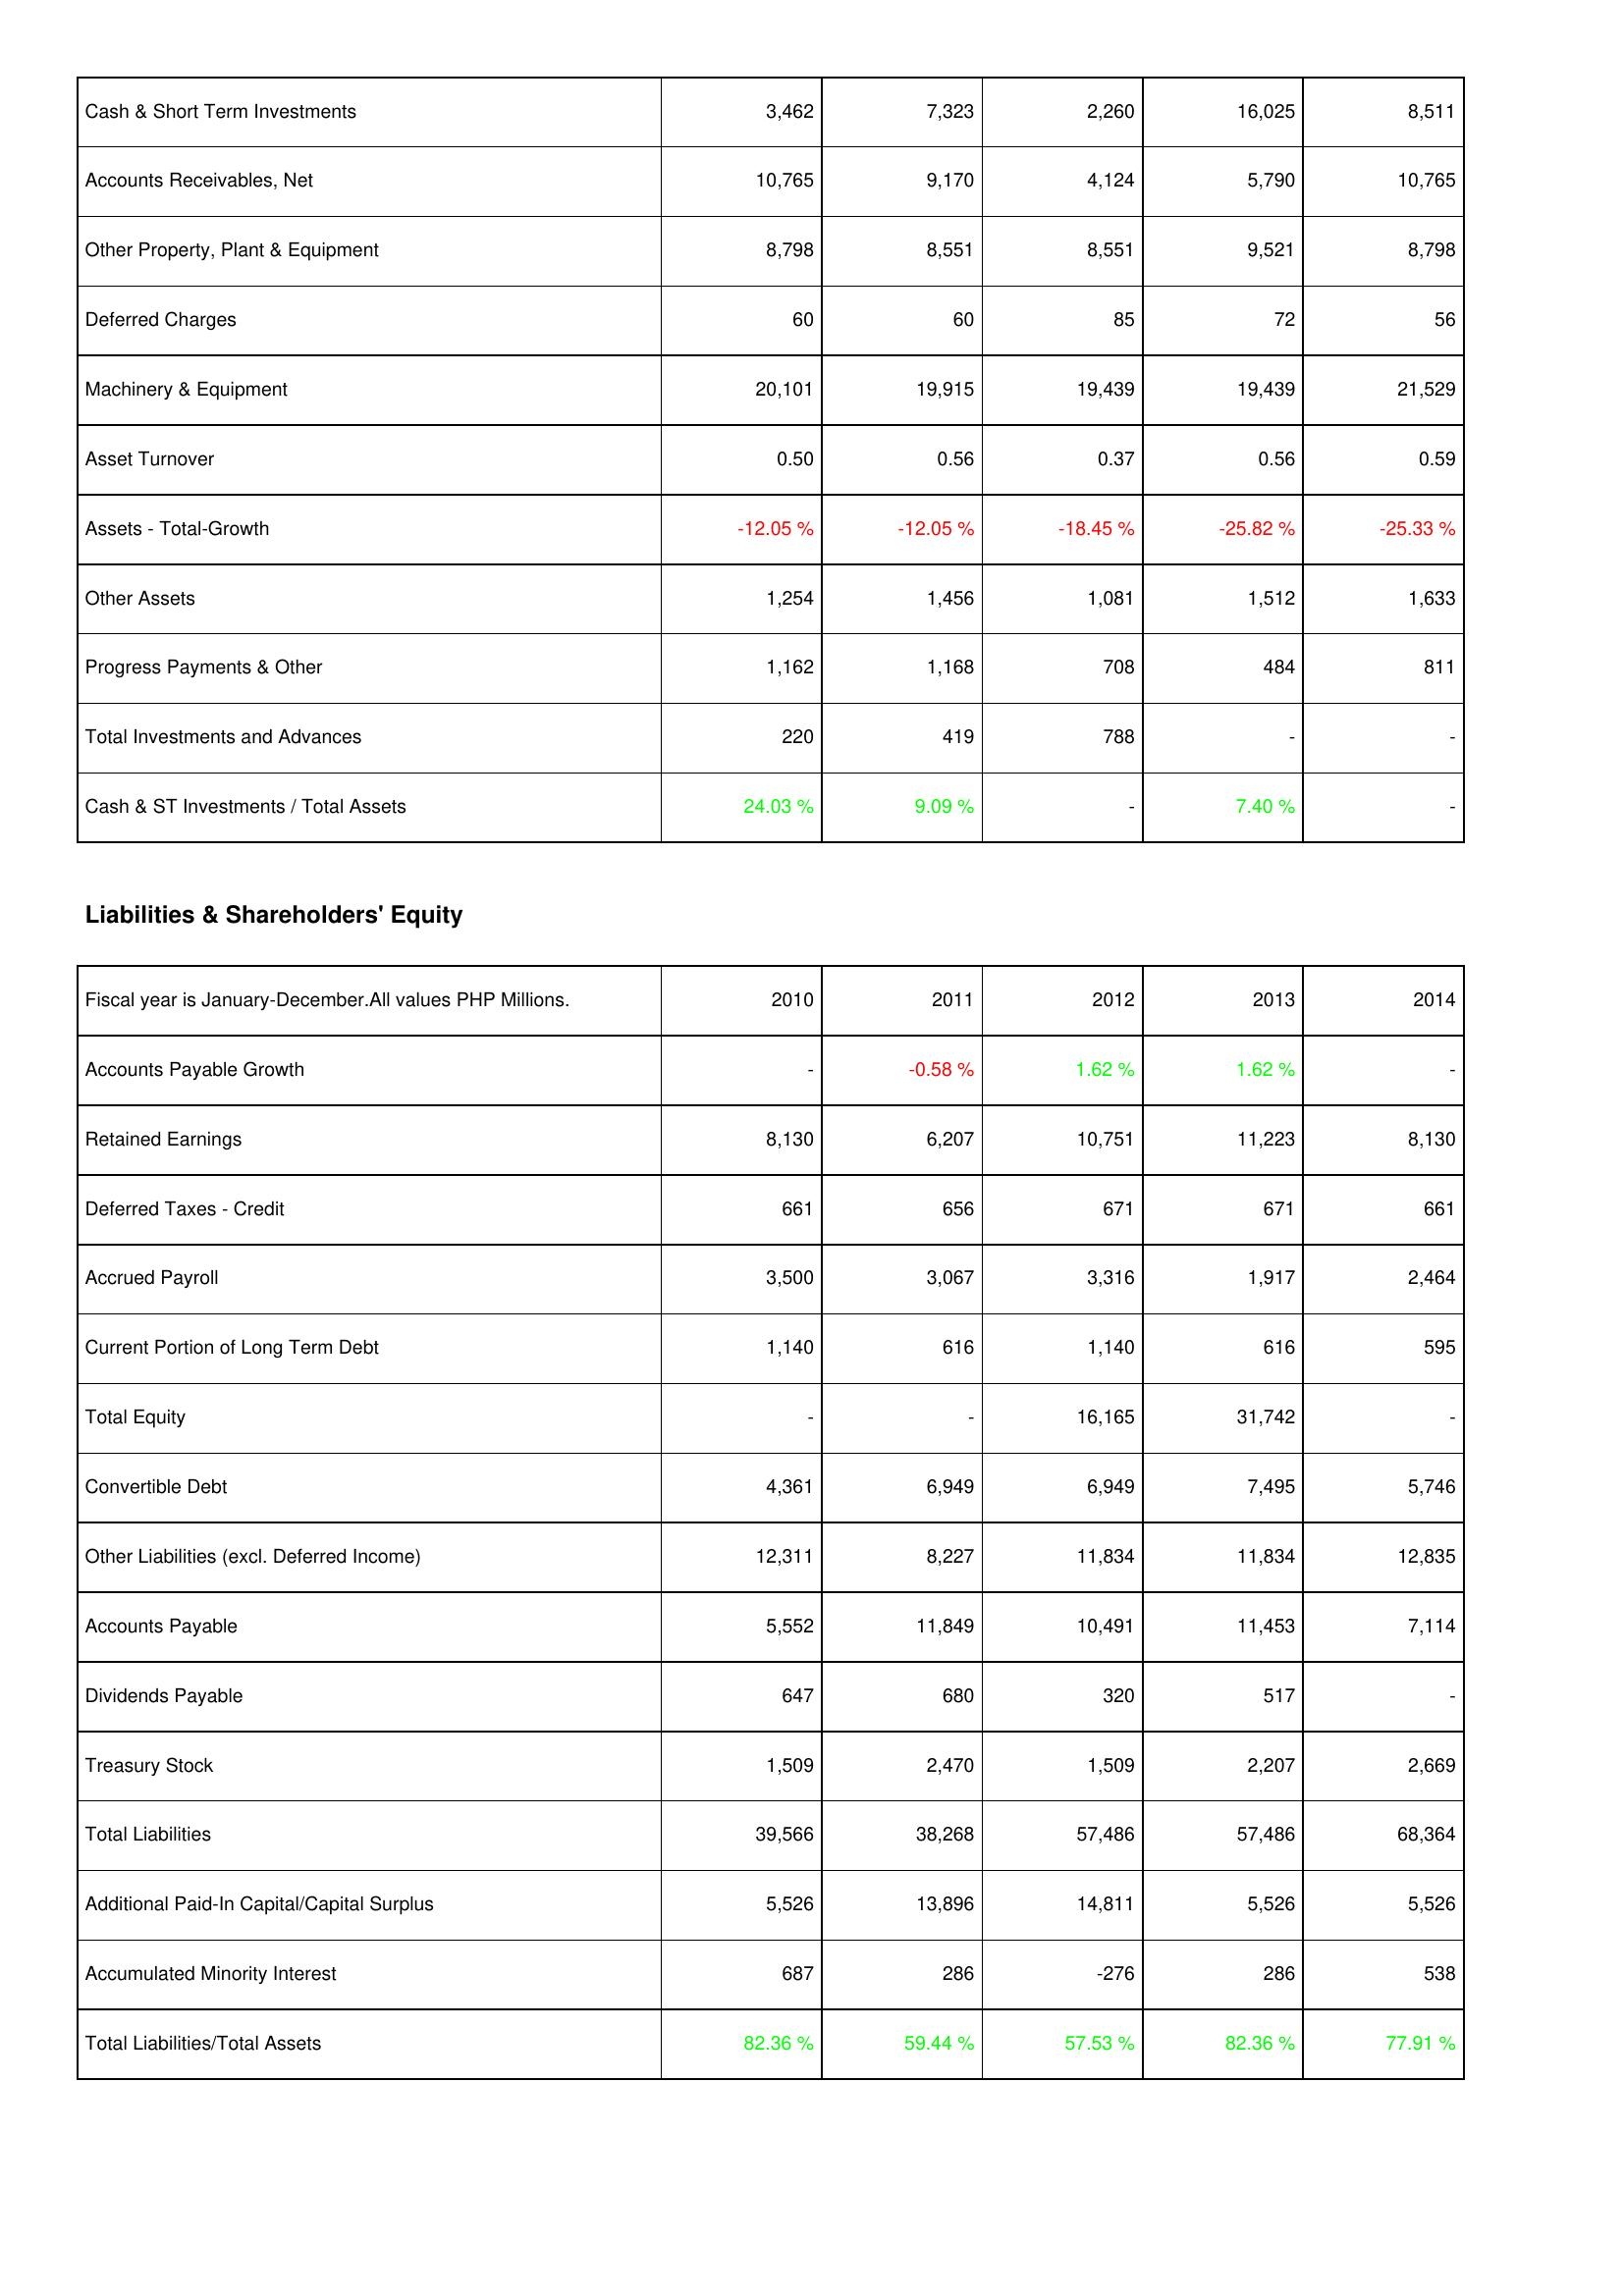
2010: Assets: Cash & Short Term Investments: 3,462
Accounts Receivables, Net: 10,765
Other Property, Plant & Equipment: 8,798
Deferred Charges: 60
Machinery & Equipment: 20,101
Asset Turnover: 0.50
Assets - Total-Growth: -12.05 %
Other Assets: 1,254
Progress Payments & Other: 1,162
Total Investments and Advances: 220
Cash & ST Investments / Total Assets: 24.03 %
Liabilities & Shareholders' Equity: Accounts Payable Growth: -
Retained Earnings: 8,130
Deferred Taxes - Credit: 661
Accrued Payroll: 3,500
Current Portion of Long Term Debt: 1,140
Total Equity: -
Convertible Debt: 4,361
Other Liabilities (excl. Deferred Income): 12,311
Accounts Payable: 5,552
Dividends Payable: 647
Treasury Stock: 1,509
Total Liabilities: 39,566
Additional Paid-In Capital/Capital Surplus: 5,526
Accumulated Minority Interest: 687
Total Liabilities/Total Assets: 82.36 %
2011: Assets: Cash & Short Term Investments: 7,323
Accounts Receivables, Net: 9,170
Other Property, Plant & Equipment: 8,551
Deferred Charges: 60
Machinery & Equipment: 19,915
Asset Turnover: 0.56
Assets - Total-Growth: -12.05 %
Other Assets: 1,456
Progress Payments & Other: 1,168
Total Investments and Advances: 419
Cash & ST Investments / Total Assets: 9.09 %
Liabilities & Shareholders' Equity: Accounts Payable Growth: -0.58 %
Retained Earnings: 6,207
Deferred Taxes - Credit: 656
Accrued Payroll: 3,067
Current Portion of Long Term Debt: 616
Total Equity: -
Convertible Debt: 6,949
Other Liabilities (excl. Deferred Income): 8,227
Accounts Payable: 11,849
Dividends Payable: 680
Treasury Stock: 2,470
Total Liabilities: 38,268
Additional Paid-In Capital/Capital Surplus: 13,896
Accumulated Minority Interest: 286
Total Liabilities/Total Assets: 59.44 %
2012: Assets: Cash & Short Term Investments: 2,260
Accounts Receivables, Net: 4,124
Other Property, Plant & Equipment: 8,551
Deferred Charges: 85
Machinery & Equipment: 19,439
Asset Turnover: 0.37
Assets - Total-Growth: -18.45 %
Other Assets: 1,081
Progress Payments & Other: 708
Total Investments and Advances: 788
Cash & ST Investments / Total Assets: -
Liabilities & Shareholders' Equity: Accounts Payable Growth: 1.62 %
Retained Earnings: 10,751
Deferred Taxes - Credit: 671
Accrued Payroll: 3,316
Current Portion of Long Term Debt: 1,140
Total Equity: 16,165
Convertible Debt: 6,949
Other Liabilities (excl. Deferred Income): 11,834
Accounts Payable: 10,491
Dividends Payable: 320
Treasury Stock: 1,509
Total Liabilities: 57,486
Additional Paid-In Capital/Capital Surplus: 14,811
Accumulated Minority Interest: -276
Total Liabilities/Total Assets: 57.53 %
2013: Assets: Cash & Short Term Investments: 16,025
Accounts Receivables, Net: 5,790
Other Property, Plant & Equipment: 9,521
Deferred Charges: 72
Machinery & Equipment: 19,439
Asset Turnover: 0.56
Assets - Total-Growth: -25.82 %
Other Assets: 1,512
Progress Payments & Other: 484
Total Investments and Advances: -
Cash & ST Investments / Total Assets: 7.40 %
Liabilities & Shareholders' Equity: Accounts Payable Growth: 1.62 %
Retained Earnings: 11,223
Deferred Taxes - Credit: 671
Accrued Payroll: 1,917
Current Portion of Long Term Debt: 616
Total Equity: 31,742
Convertible Debt: 7,495
Other Liabilities (excl. Deferred Income): 11,834
Accounts Payable: 11,453
Dividends Payable: 517
Treasury Stock: 2,207
Total Liabilities: 57,486
Additional Paid-In Capital/Capital Surplus: 5,526
Accumulated Minority Interest: 286
Total Liabilities/Total Assets: 82.36 %
2014: Assets: Cash & Short Term Investments: 8,511
Accounts Receivables, Net: 10,765
Other Property, Plant & Equipment: 8,798
Deferred Charges: 56
Machinery & Equipment: 21,529
Asset Turnover: 0.59
Assets - Total-Growth: -25.33 %
Other Assets: 1,633
Progress Payments & Other: 811
Total Investments and Advances: -
Cash & ST Investments / Total Assets: -
Liabilities & Shareholders' Equity: Accounts Payable Growth: -
Retained Earnings: 8,130
Deferred Taxes - Credit: 661
Accrued Payroll: 2,464
Current Portion of Long Term Debt: 595
Total Equity: -
Convertible Debt: 5,746
Other Liabilities (excl. Deferred Income): 12,835
Accounts Payable: 7,114
Dividends Payable: -
Treasury Stock: 2,669
Total Liabilities: 68,364
Additional Paid-In Capital/Capital Surplus: 5,526
Accumulated Minority Interest: 538
Total Liabilities/Total Assets: 77.91 %